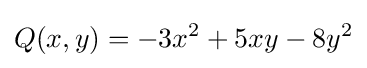
Q(x,y)=-3x^{2}+5xy-8y^{2}